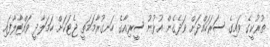
ތުރުކީގެ ވައިގެ ސަރަހައްދަށް ވަދެގެން އުޅުނު ސީރިއާގެ ހަނގުރާމަމަތީ ޖެޓަކަށް ހަމަލާދީ ވައްޓާލާފައި